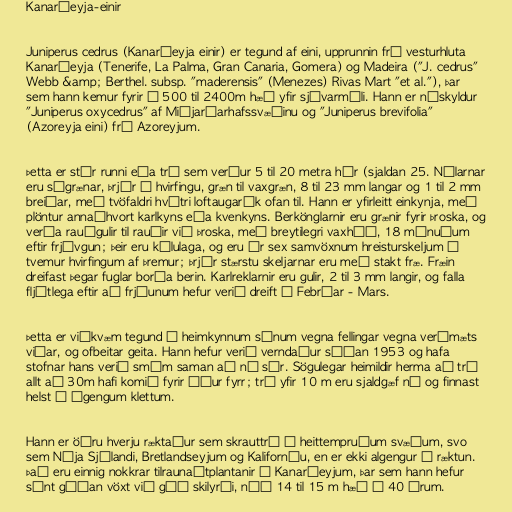
Kanaríeyja-einir

Juniperus cedrus (Kanaríeyja einir) er tegund af eini, upprunnin frá vesturhluta
Kanaríeyja (Tenerife, La Palma, Gran Canaria, Gomera) og Madeira ("J. cedrus"
Webb &amp; Berthel. subsp. "maderensis" (Menezes) Rivas Mart "et al."), þar
sem hann kemur fyrir í 500 til 2400m hæð yfir sjávarmáli. Hann er náskyldur
"Juniperus oxycedrus" af Miðjarðarhafssvæðinu og "Juniperus brevifolia"
(Azoreyja eini) frá Azoreyjum.

Þetta er stór runni eða tré sem verður 5 til 20 metra hár (sjaldan 25. Nálarnar
eru sígrænar, þrjár í hvirfingu, græn til vaxgræn, 8 til 23 mm langar og 1 til 2 mm
breiðar, með tvöfaldri hvítri loftaugarák ofan til. Hann er yfirleitt einkynja, með
plöntur annaðhvort karlkyns eða kvenkyns. Berkönglarnir eru grænir fyrir þroska, og
verða rauðgulir til rauðir við þroska, með breytilegri vaxhúð, 18 mánuðum
eftir frjóvgun; þeir eru kúlulaga, og eru úr sex samvöxnum hreisturskeljum í
tvemur hvirfingum af þremur; þrjár stærstu skeljarnar eru með stakt fræ. Fræin
dreifast þegar fuglar borða berin. Karlreklarnir eru gulir, 2 til 3 mm langir, og falla
fljótlega eftir að frjóunum hefur verið dreift í Febrúar - Mars.

Þetta er viðkvæm tegund í heimkynnum sínum vegna fellingar vegna verðmæts
viðar, og ofbeitar geita. Hann hefur verið verndaður síðan 1953 og hafa
stofnar hans verið smám saman að ná sér. Sögulegar heimildir herma að tré
allt að 30m hafi komið fyrir áður fyrr; tré yfir 10 m eru sjaldgæf nú og finnast
helst í ógengum klettum.

Hann er öðru hverju ræktaður sem skrauttré í heittempruðum svæðum, svo
sem Nýja Sjálandi, Bretlandseyjum og Kaliforníu, en er ekki algengur í ræktun.
Það eru einnig nokkrar tilraunaútplantanir á Kanaríeyjum, þar sem hann hefur
sýnt góðan vöxt við góð skilyrði, náð 14 til 15 m hæð á 40 árum.